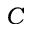
C